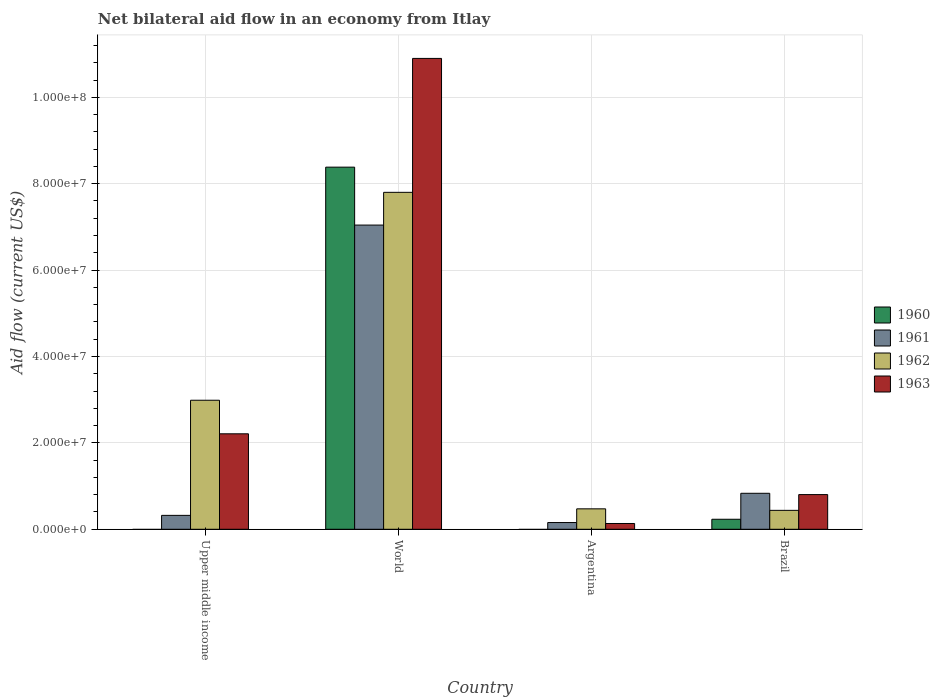
| Country | 1960 | 1961 | 1962 | 1963 |
 | --- | --- | --- | --- | --- |
 | Upper middle income | -6.4e+05 | 3.22e+06 | 2.99e+07 | 2.21e+07 |
 | World | 8.38e+07 | 7.04e+07 | 7.8e+07 | 1.09e+08 |
 | Argentina | -1.11e+06 | 1.56e+06 | 4.73e+06 | 1.34e+06 |
 | Brazil | 2.32e+06 | 8.33e+06 | 4.38e+06 | 8.03e+06 |